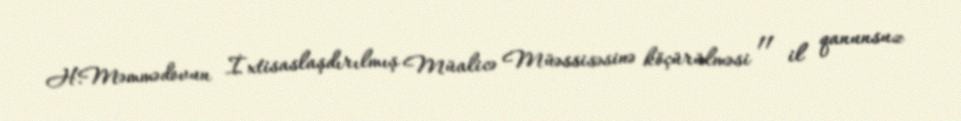
H.Məmmədovun İxtisaslaşdırılmış Müalicə Müəssisəsinə köçürülməsi 11 il qanunsuz